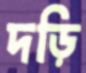
দড়ি